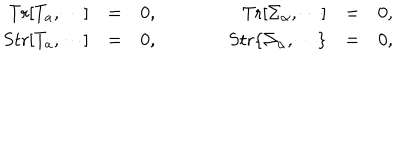
\begin{array} { r c l c r c l } { { \mathrm { T r } [ T _ { a } , \cdots ] } } & { { = } } & { { 0 , } } & { { { \qquad } } } & { { \mathrm { T r } [ \Sigma _ { \alpha } , \cdots ] } } & { { = } } & { { 0 , } } \\ { { \mathrm { S t r } [ T _ { a } , \cdots ] } } & { { = } } & { { 0 , } } & { { { \qquad } } } & { { \mathrm { S t r } \{ \Sigma _ { \alpha } , \cdots \} } } & { { = } } & { { 0 , } } \\ \end{array}